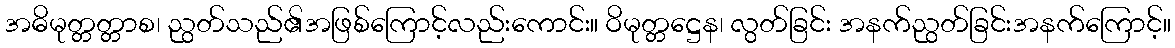
အဓိမုတ္တတ္တာစ၊ ညွတ်သည်၏အဖြစ်ကြောင့်လည်းကောင်း။ ဝိမုတ္တဋ္ဌေန၊ လွတ်ခြင်း အနက်ညွတ်ခြင်းအနက်ကြောင့်။